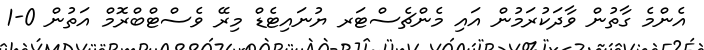
އެންމެ ގާތުން ވާދަކުރަމުން އައި މެންޗެސްޓަރ ޔުނައިޓެޑް މިރޭ ވެސްޓްބްރޮމް އަތުން 0-1